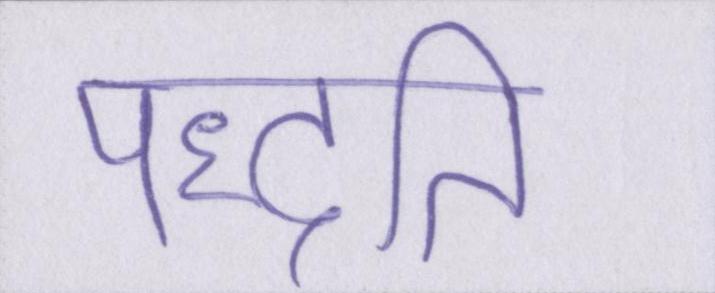
पद्धति